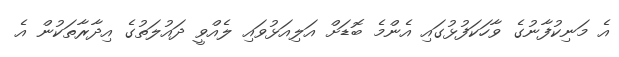
އެ މަނިކުފާނުގެ ވާހަކަފުޅުގައި އެންމެ ބޮޑަށް އަލިއަޅުވައި ލެއްވީ ދައުލަތުގެ އިދާރާތަކުން އެ